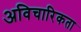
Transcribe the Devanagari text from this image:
अविचारिकता